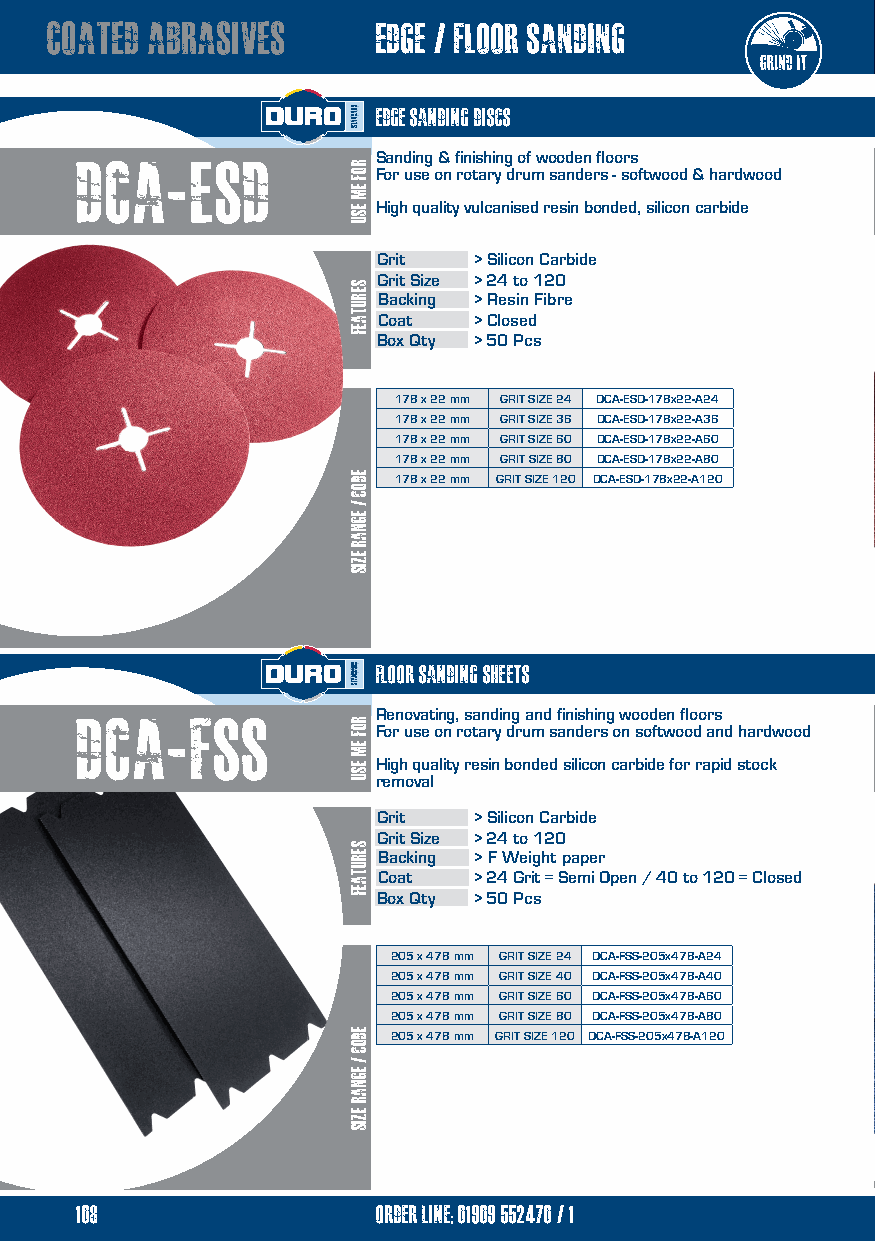
coated abrasives      edge / floor sanding
 edge sanding discs
 dca-esd             Sanding & finishing of wooden floors
 For use on rotary drum sanders - softwood & hardwood
 High quality vulcanised resin bonded, silicon carbide
 Grit  > Silicon Carbide
 Grit Size > 24 to 120
 Backing > Resin Fibre
 Coat  > Closed
 Box Qty > 50 Pcs
 178 x 22 mm GRIT SIZE 24 DCA-ESD-178x22-A24
 178 x 22 mm GRIT SIZE 36 DCA-ESD-178x22-A36
 178 x 22 mm GRIT SIZE 60 DCA-ESD-178x22-A60
 178 x 22 mm GRIT SIZE 80 DCA-ESD-178x22-A80
 178 x 22 mm GRIT SIZE 120 DCA-ESD-178x22-A120
 floor sanding sheets
 Dca-fss             Renovating, sanding and finishing wooden floors
 For use on rotary drum sanders on softwood and hardwood
 High quality resin bonded silicon carbide for rapid stock
 removal
 Grit  > Silicon Carbide
 Grit Size > 24 to 120
 Backing > F Weight paper
 Coat  > 24 Grit = Semi Open / 40 to 120 = Closed
 Box Qty > 50 Pcs
 205 x 478 mm GRIT SIZE 24 DCA-FSS-205x478-A24
 205 x 478 mm GRIT SIZE 40 DCA-FSS-205x478-A40
 205 x 478 mm GRIT SIZE 60 DCA-FSS-205x478-A60
 205 x 478 mm GRIT SIZE 80 DCA-FSS-205x478-A80
 205 x 478 mm GRIT SIZE 120 DCA-FSS-205x478-A120
 108                 order line; 01909 552470/1
 ROF
 EM
 ESU
 serutaef
 eDOC
 /
 egnar
 ezis
 ROF
 EM
 ESU
 serutaef
 EDOC
 /
 Egnar
 ezis